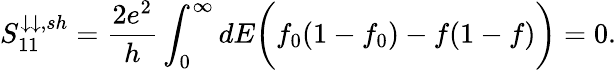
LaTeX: {S_{11}^{\downarrow\downarrow,sh}=\frac{2e^{2}}{h}\int_{0}^{\infty}dE\bigg(f_{0}(1-f_{0})-f(1-f)\bigg)=0.}